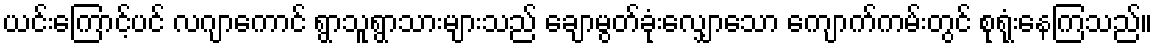
ယင်းကြောင့်ပင် လဂျာကောင် ရွာသူရွာသားများသည် ချောမွတ်ခုံးလျှောသော ကျောက်ကမ်းတွင် စုရုံးနေကြသည်။